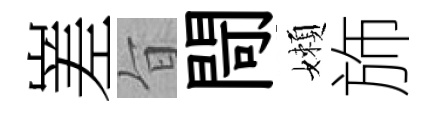
嵳旨閜嬾斾